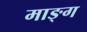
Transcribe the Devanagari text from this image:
माङ्ग